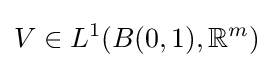
V\in L^{1}(B(0,1),\mathbb {R} ^{m})